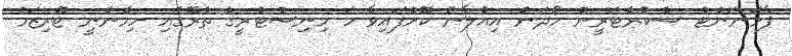
ޕާމަނަންޓް ސެކްރެޓަރީން ހޯދަން އިއުލާނު ކޮށްފައިވާ ހަ މިނިސްޓްރީގެ ތެރޭގައި ހިމެނެނީ ޓޫރިޒަމް